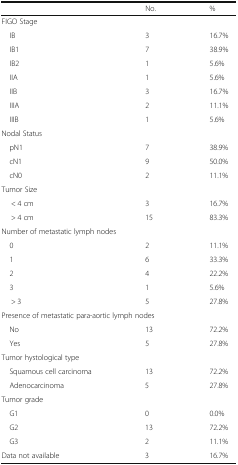
|  | No. | % |
 | --- | --- | --- |
 | <COLSPAN=3> FIGO Stage |
 | IB | 3 | 16.7% |
 | IB1 | 7 | 38.9% |
 | IB2 | 1 | 5.6% |
 | IIA | 1 | 5.6% |
 | IIB | 3 | 16.7% |
 | IIIA | 2 | 11.1% |
 | IIIB | 1 | 5.6% |
 | <COLSPAN=3> Nodal Status |
 | pN1 | 7 | 38.9% |
 | cN1 | 9 | 50.0% |
 | cN0 | 2 | 11.1% |
 | <COLSPAN=3> Tumor Size |
 | < 4 cm | 3 | 16.7% |
 | > 4 cm | 15 | 83.3% |
 | <COLSPAN=3> Number of metastatic lymph nodes |
 | 0 | 2 | 11.1% |
 | 1 | 6 | 33.3% |
 | 2 | 4 | 22.2% |
 | 3 | 1 | 5.6% |
 | > 3 | 5 | 27.8% |
 | <COLSPAN=3> Presence of metastatic para-aortic lymph nodes |
 | No | 13 | 72.2% |
 | Yes | 5 | 27.8% |
 | <COLSPAN=3> Tumor hystological type |
 | Squamous cell carcinoma | 13 | 72.2% |
 | Adenocarcinoma | 5 | 27.8% |
 | <COLSPAN=3> Tumor grade |
 | G1 | 0 | 0.0% |
 | G2 | 13 | 72.2% |
 | G3 | 2 | 11.1% |
 | Data not available | 3 | 16.7% |